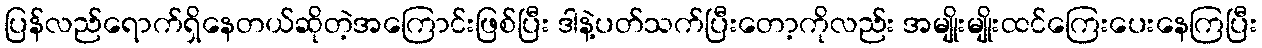
ပြန်လည်ရောက်ရှိနေတယ်ဆိုတဲ့အကြောင်းဖြစ်ပြီး ဒါနဲ့ပတ်သက်ပြီးတော့ကိုလည်း အမျိုးမျိုးထင်ကြေးပေးနေကြပြီး